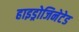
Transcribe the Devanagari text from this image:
हाइड्रोजिनेटेड